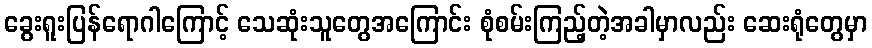
ခွေးရူးပြန်ရောဂါကြောင့် သေဆုံးသူတွေအကြောင်း စုံစမ်းကြည့်တဲ့အခါမှာလည်း ဆေးရုံတွေမှာ